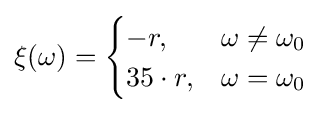
\xi (\omega )={\begin{cases}-r,&\omega \neq \omega _{0}\\35\cdot r,&\omega =\omega _{0}\end{cases}}